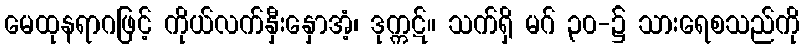
မေထုနရာဂဖြင့် ကိုယ်လက်နှီးနှောအံ့၊ ဒုက္ကဋ်။ သက်ရှိ မဂ် ၃၀-၌ သားရေစသည်ကို